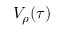
V _ { \rho } ( \tau )